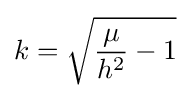
k={\sqrt {{\frac {\mu }{h^{2}}}-1}}